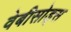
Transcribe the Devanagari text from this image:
वेबीसोड्स